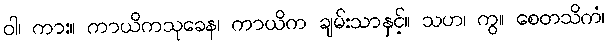
ဝါ၊ ကား။ ကာယိကသုခေန၊ ကာယိက ချမ်းသာနှင့်။ သဟ၊ ကွ။ စေတသိကံ၊